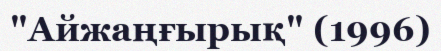
"Айжаңғырық" (1996)